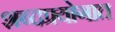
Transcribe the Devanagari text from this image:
शब्दप्रयोगात